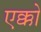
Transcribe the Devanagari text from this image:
एक्को